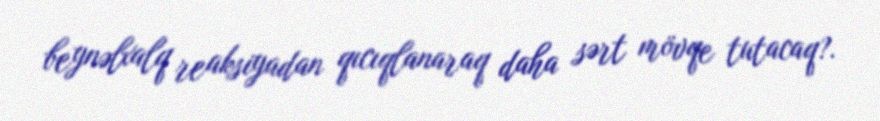
beynəlxalq reaksiyadan qıcıqlanaraq daha sərt mövqe tutacaq?.